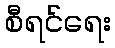
စီရင်ရေး